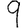
Digit: 9